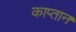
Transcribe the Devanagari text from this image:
काप्तान